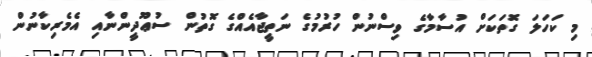
މި ކަހަލަ ގޮތަކަށް އުސާމާގެ ވިސްނުން ހުރުމުގެ ނަތީޖާއެއްގެ ގޮތުން ސުޢޫދީންނާއި އެމެރިކާނުން